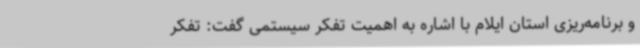
و برنامه‌ریزی استان ایلام با اشاره به اهمیت تفکر سیستمی گفت: تفکر